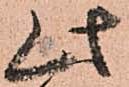
此